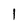
Character: 1